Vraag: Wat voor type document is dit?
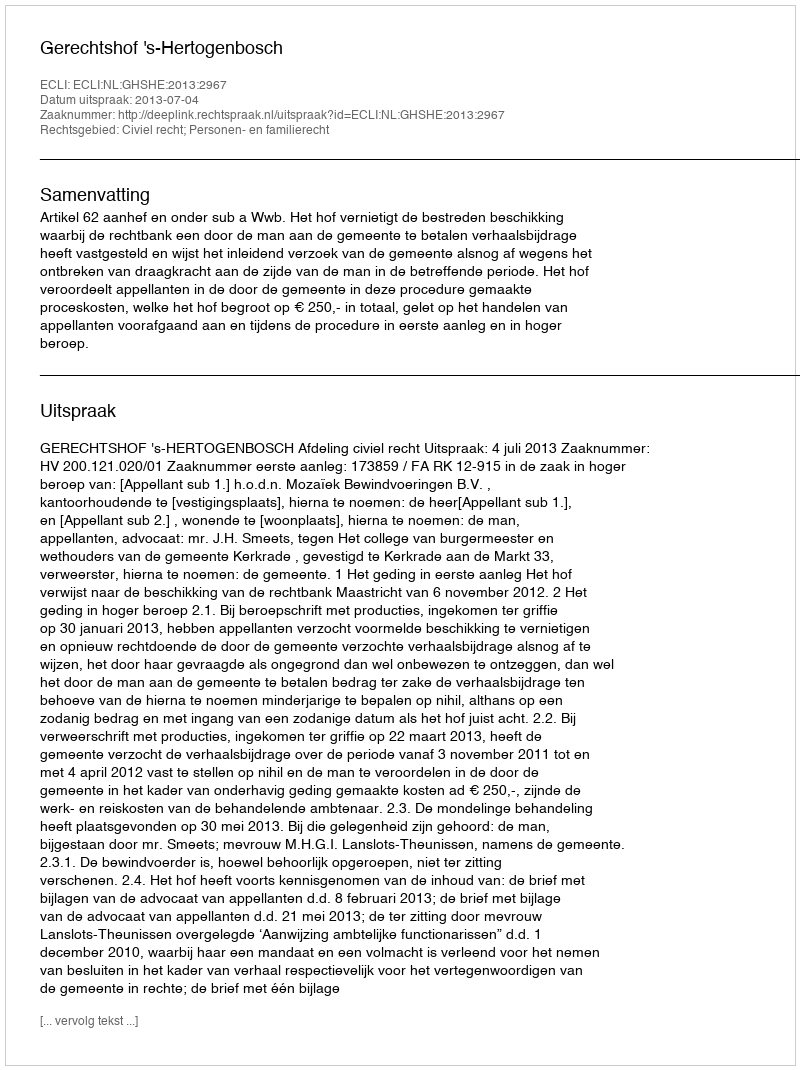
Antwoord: Uitspraak